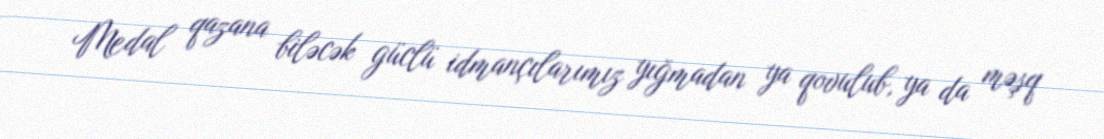
Medal qazana biləcək güclü idmançılarımız yığmadan ya qovulub, ya da məşq